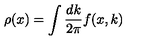
\rho ( x ) = \int \frac { d k } { 2 \pi } f ( x , k )